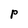
Character: P